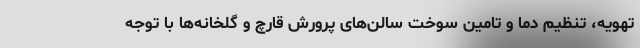
تهویه، تنظیم دما و تامین سوخت سالن‌های پرورش قارچ و گلخانه‌ها با توجه